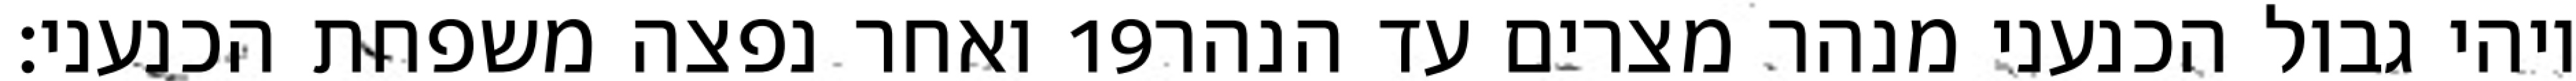
ואחר נפצה משפחת הכנעני׃ ‎19‏ ויהי גבול הכנעני מנהר מצרים עד הנהר